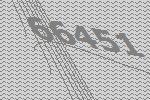
66451